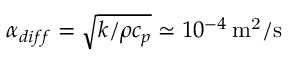
\alpha _ { d i f f } = \sqrt { k / \rho c _ { p } } \simeq 1 0 ^ { - 4 } \, \mathrm { m ^ { 2 } / s }